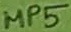
Text: MP5